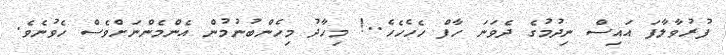
ފުރުވާލާފަ އައިސް ނިދުމުގެ ދެވަނަ ހާފް ހެހެހެހެ..! މިހާދު މިހެންބުނުމުން އެންމެންނަށްވެސް ހެވުނެވެ.